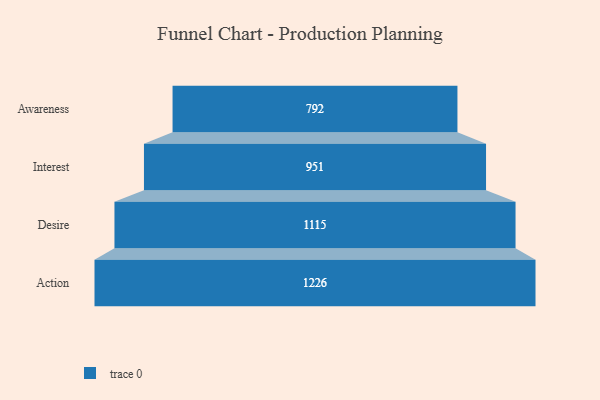
{"axis": {"x": "Stage", "y": "Value"}, "legend": [""], "data": [{"x": "Awareness", "y": 792.0, "type": ""}, {"x": "Interest", "y": 951.0, "type": ""}, {"x": "Desire", "y": 1115.0, "type": ""}, {"x": "Action", "y": 1226.0, "type": ""}]}